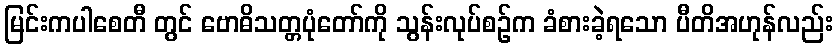
မြင်းကပါစေတီ တွင် ဗောဓိသတ္တပုံတော်ကို သွန်းလုပ်စဉ်က ခံစားခဲ့ရသော ပီတိအဟုန်လည်း